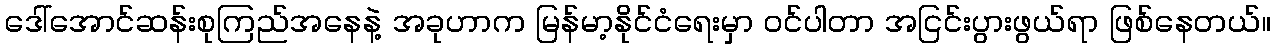
ဒေါ်အောင်ဆန်းစုကြည်အနေနဲ့ အခုဟာက မြန်မာ့နိုင်ငံရေးမှာ ဝင်ပါတာ အငြင်းပွားဖွယ်ရာ ဖြစ်နေတယ်။